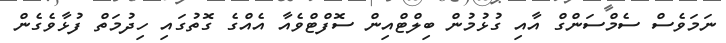
ނަމަވެސް ސެމްސަންގް އާއި ގުޅުމުން ބިލްޓްއިން ސޮފްޓްވެއާ އެއްގެ ގޮތުގައި ހިދުމަތް ފުޅާވެގެން